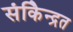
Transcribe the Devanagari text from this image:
संकेिन्द्रत